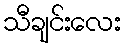
သီချင်းလေး